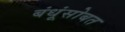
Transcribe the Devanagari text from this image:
बंधूंसोबत